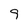
Character: 9